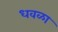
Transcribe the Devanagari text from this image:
धवळा